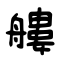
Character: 艛